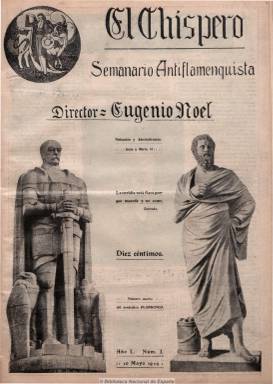
Título: El Chispero (Madrid)
Colección: Cultura || Toros
Ámbito geográfico: Madrid
Lugar de publicación: Madrid
Fechas: 10/05/1914-07/06/1914

Tras editar sólo tres números de su revista antitaurina con el título de El flamenco, el escritor y popular periodista Eugenio Noel (1885-1936), la continúa publicando pero bajo la cabecera El chispero, manteniendo el mismo subtítulo: “semanario antiflamenquista”, título éste sinónimo de chulo o chulapo, majo o manolo. Noel, imbuido de republicanismo y del  regeneracionismo de Joaquín Costa, estaba convencido de que los males de la España de su época radicaban en la incultura, la excesiva influencia clerical y en la afición de los españoles a los toros. Por ello dedicó toda su vida a una titánica y personalísima campaña antitaurina, de la que es ejemplo su revista, en la que utiliza espectaculares alardes gráficos y unos atrevidos textos de corte directo como precursor del sensacionalismo, para criticar el mítico negocio del mundo del toro y la política y la cultura del mismo. Noel tuvo en su personal afán redentor sus propios enemigos, quienes le rechazaron la superficialidad, pedantería y el enfático estilo de sus escritos.

Para la confección de El chispero siguió utilizando una gran profusión de grabados de la cultura helenista y fotografías y también se apoyó en textos antitaurinos de Azorín (1873-1967) o Miguel de Unamuno (1864-1936), y aunque había duplicado su paginación con respecto a su anterior título –El flamenco- y mantenía la numeración de este, duplicándola con la de la nueva cabecera, El chispero terminó por desaparecer tras la edición de sus tres entregas, debido sin duda a la falta de medios económicos para su permanencia y a la pérdida de apoyos procedentes de los anuncios comerciales.